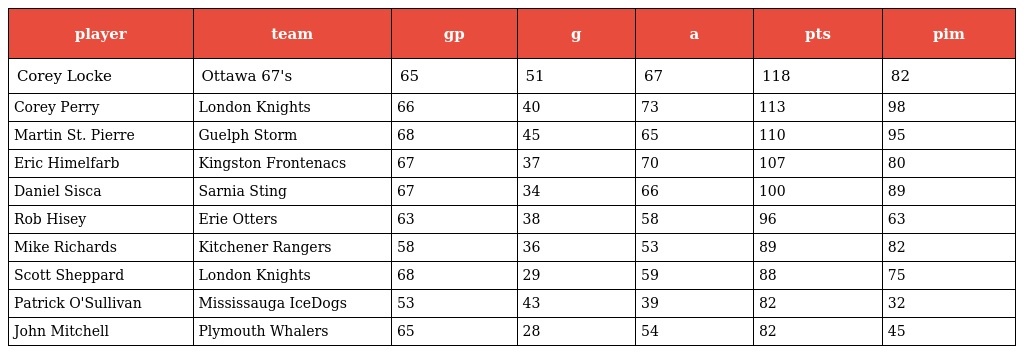
| player | team | gp | g | a | pts | pim |
 | --- | --- | --- | --- | --- | --- | --- |
 | Corey Locke | Ottawa 67's | 65 | 51 | 67 | 118 | 82 |
 | Corey Perry | London Knights | 66 | 40 | 73 | 113 | 98 |
 | Martin St. Pierre | Guelph Storm | 68 | 45 | 65 | 110 | 95 |
 | Eric Himelfarb | Kingston Frontenacs | 67 | 37 | 70 | 107 | 80 |
 | Daniel Sisca | Sarnia Sting | 67 | 34 | 66 | 100 | 89 |
 | Rob Hisey | Erie Otters | 63 | 38 | 58 | 96 | 63 |
 | Mike Richards | Kitchener Rangers | 58 | 36 | 53 | 89 | 82 |
 | Scott Sheppard | London Knights | 68 | 29 | 59 | 88 | 75 |
 | Patrick O'Sullivan | Mississauga IceDogs | 53 | 43 | 39 | 82 | 32 |
 | John Mitchell | Plymouth Whalers | 65 | 28 | 54 | 82 | 45 |